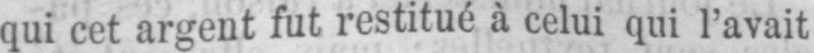
qui cet argent fut restitué à celui qui l’avait